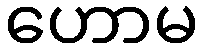
ဟောမ